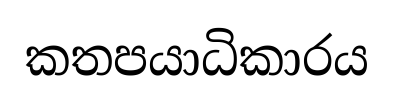
කතපයාධිකාරය